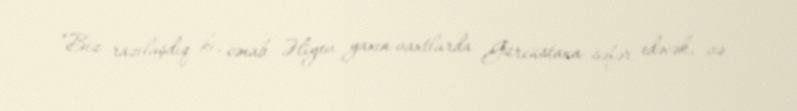
“Biz razılaşdıq ki, cənab Əliyev yaxın vaxtlarda Gürcüstana səfər edəcək, və